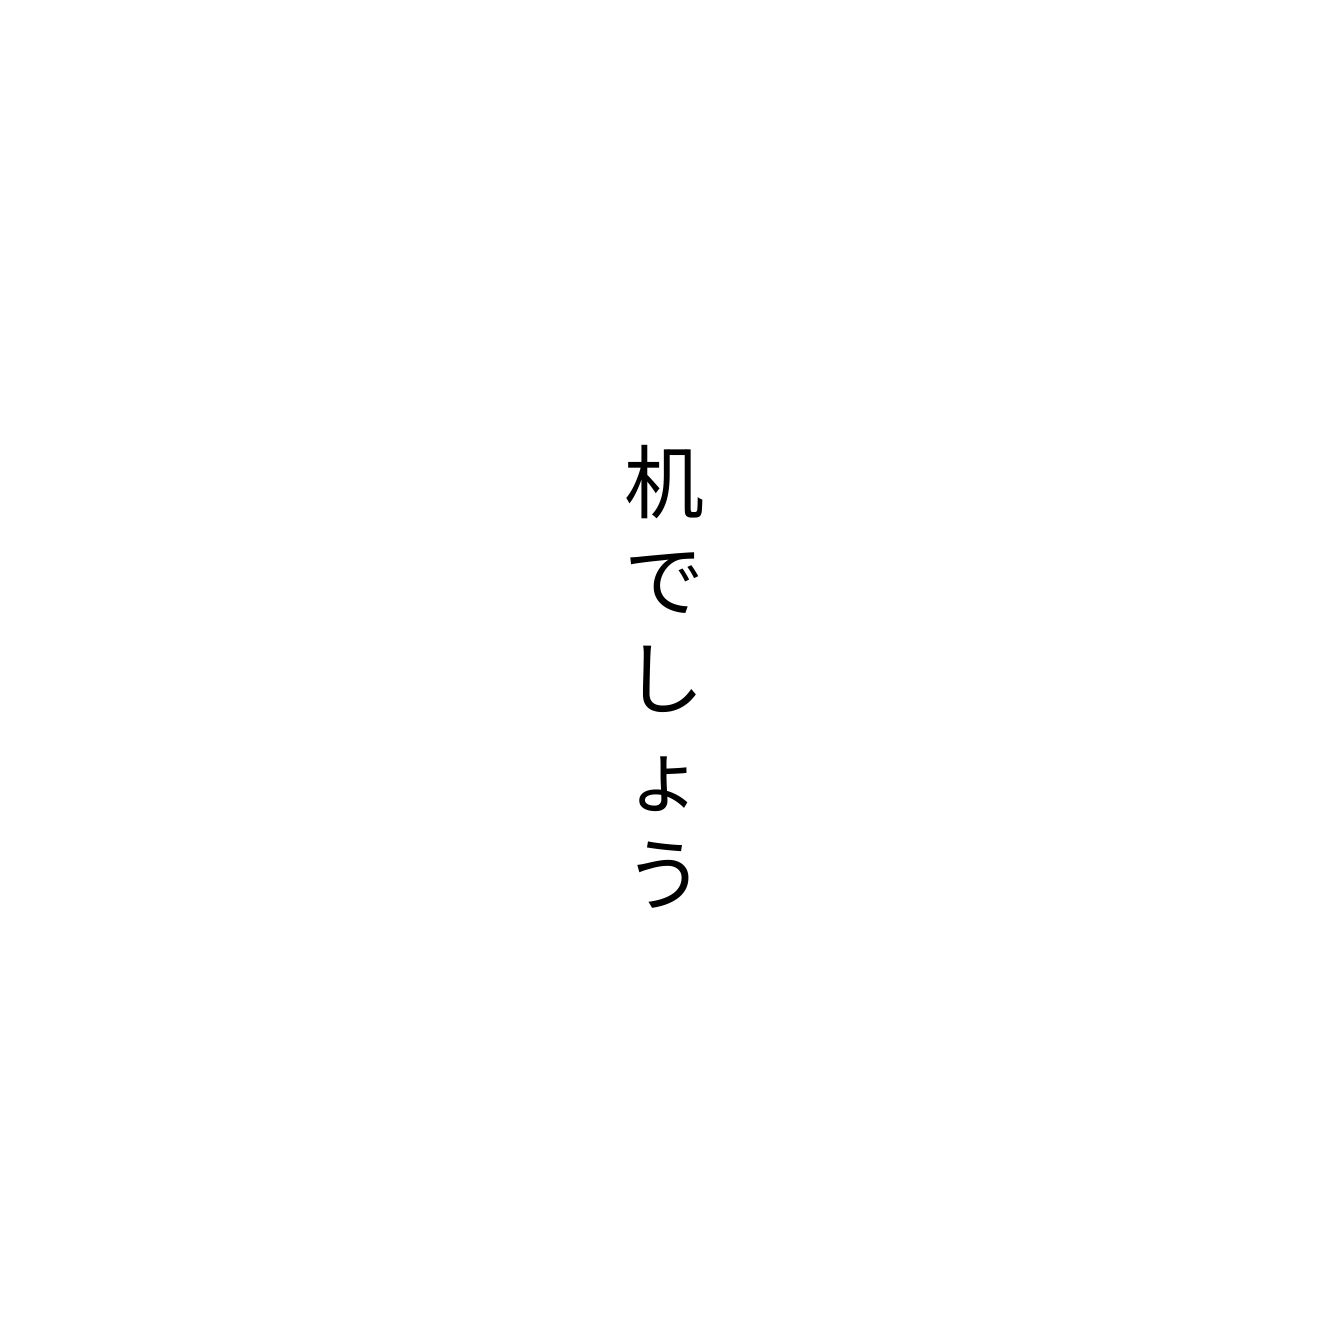
机でしょう